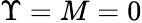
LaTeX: \Upsilon=M=0